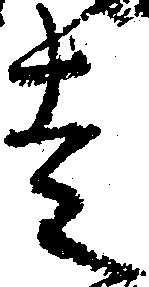
走